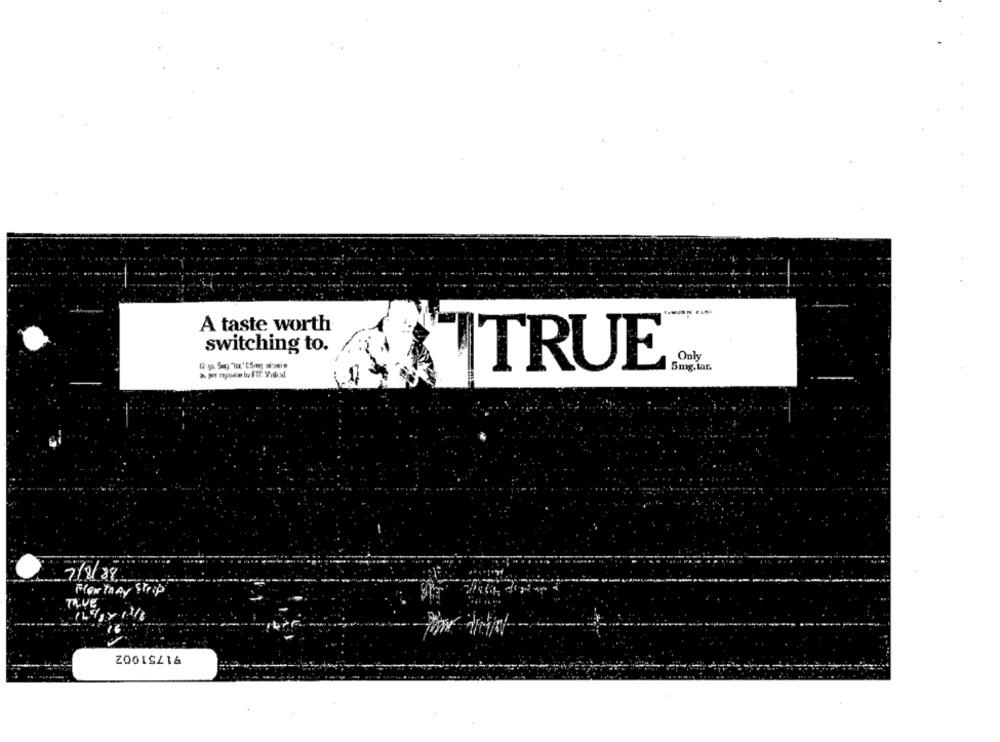
A taste worth
switching to.
Ook
ITRUE
5mg.tar.
7/8/88
Flex TAAy Strip
TaVE